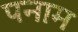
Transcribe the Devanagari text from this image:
पनाम